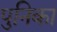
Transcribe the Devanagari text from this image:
पुनिका